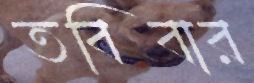
তবিবার